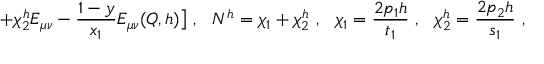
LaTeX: + \chi _ { 2 } ^ { h } E _ { \mu \nu } - \frac { 1 - y } { x _ { 1 } } E _ { \mu \nu } ( Q , h ) \bigr ] \ , \ \ N ^ { h } = \chi _ { 1 } + \chi _ { 2 } ^ { h } \ , \ \ \chi _ { 1 } = \frac { 2 p _ { 1 } h } { t _ { 1 } } \ , \ \ \chi _ { 2 } ^ { h } = \frac { 2 p _ { 2 } h } { s _ { 1 } } \ ,